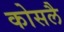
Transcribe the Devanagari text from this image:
कोसलै